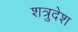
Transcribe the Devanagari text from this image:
शत्रुदेश